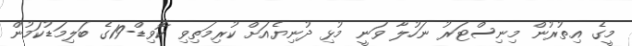
މީގެ އިތުރުން މިނިސްޓަރު ނަހުލާ ވަނީ މުޅި ދުނިޔެއަށް ކުރިމަތިވި ކޮވިޑް-19ގެ ބަލިމަޑުކަމުން